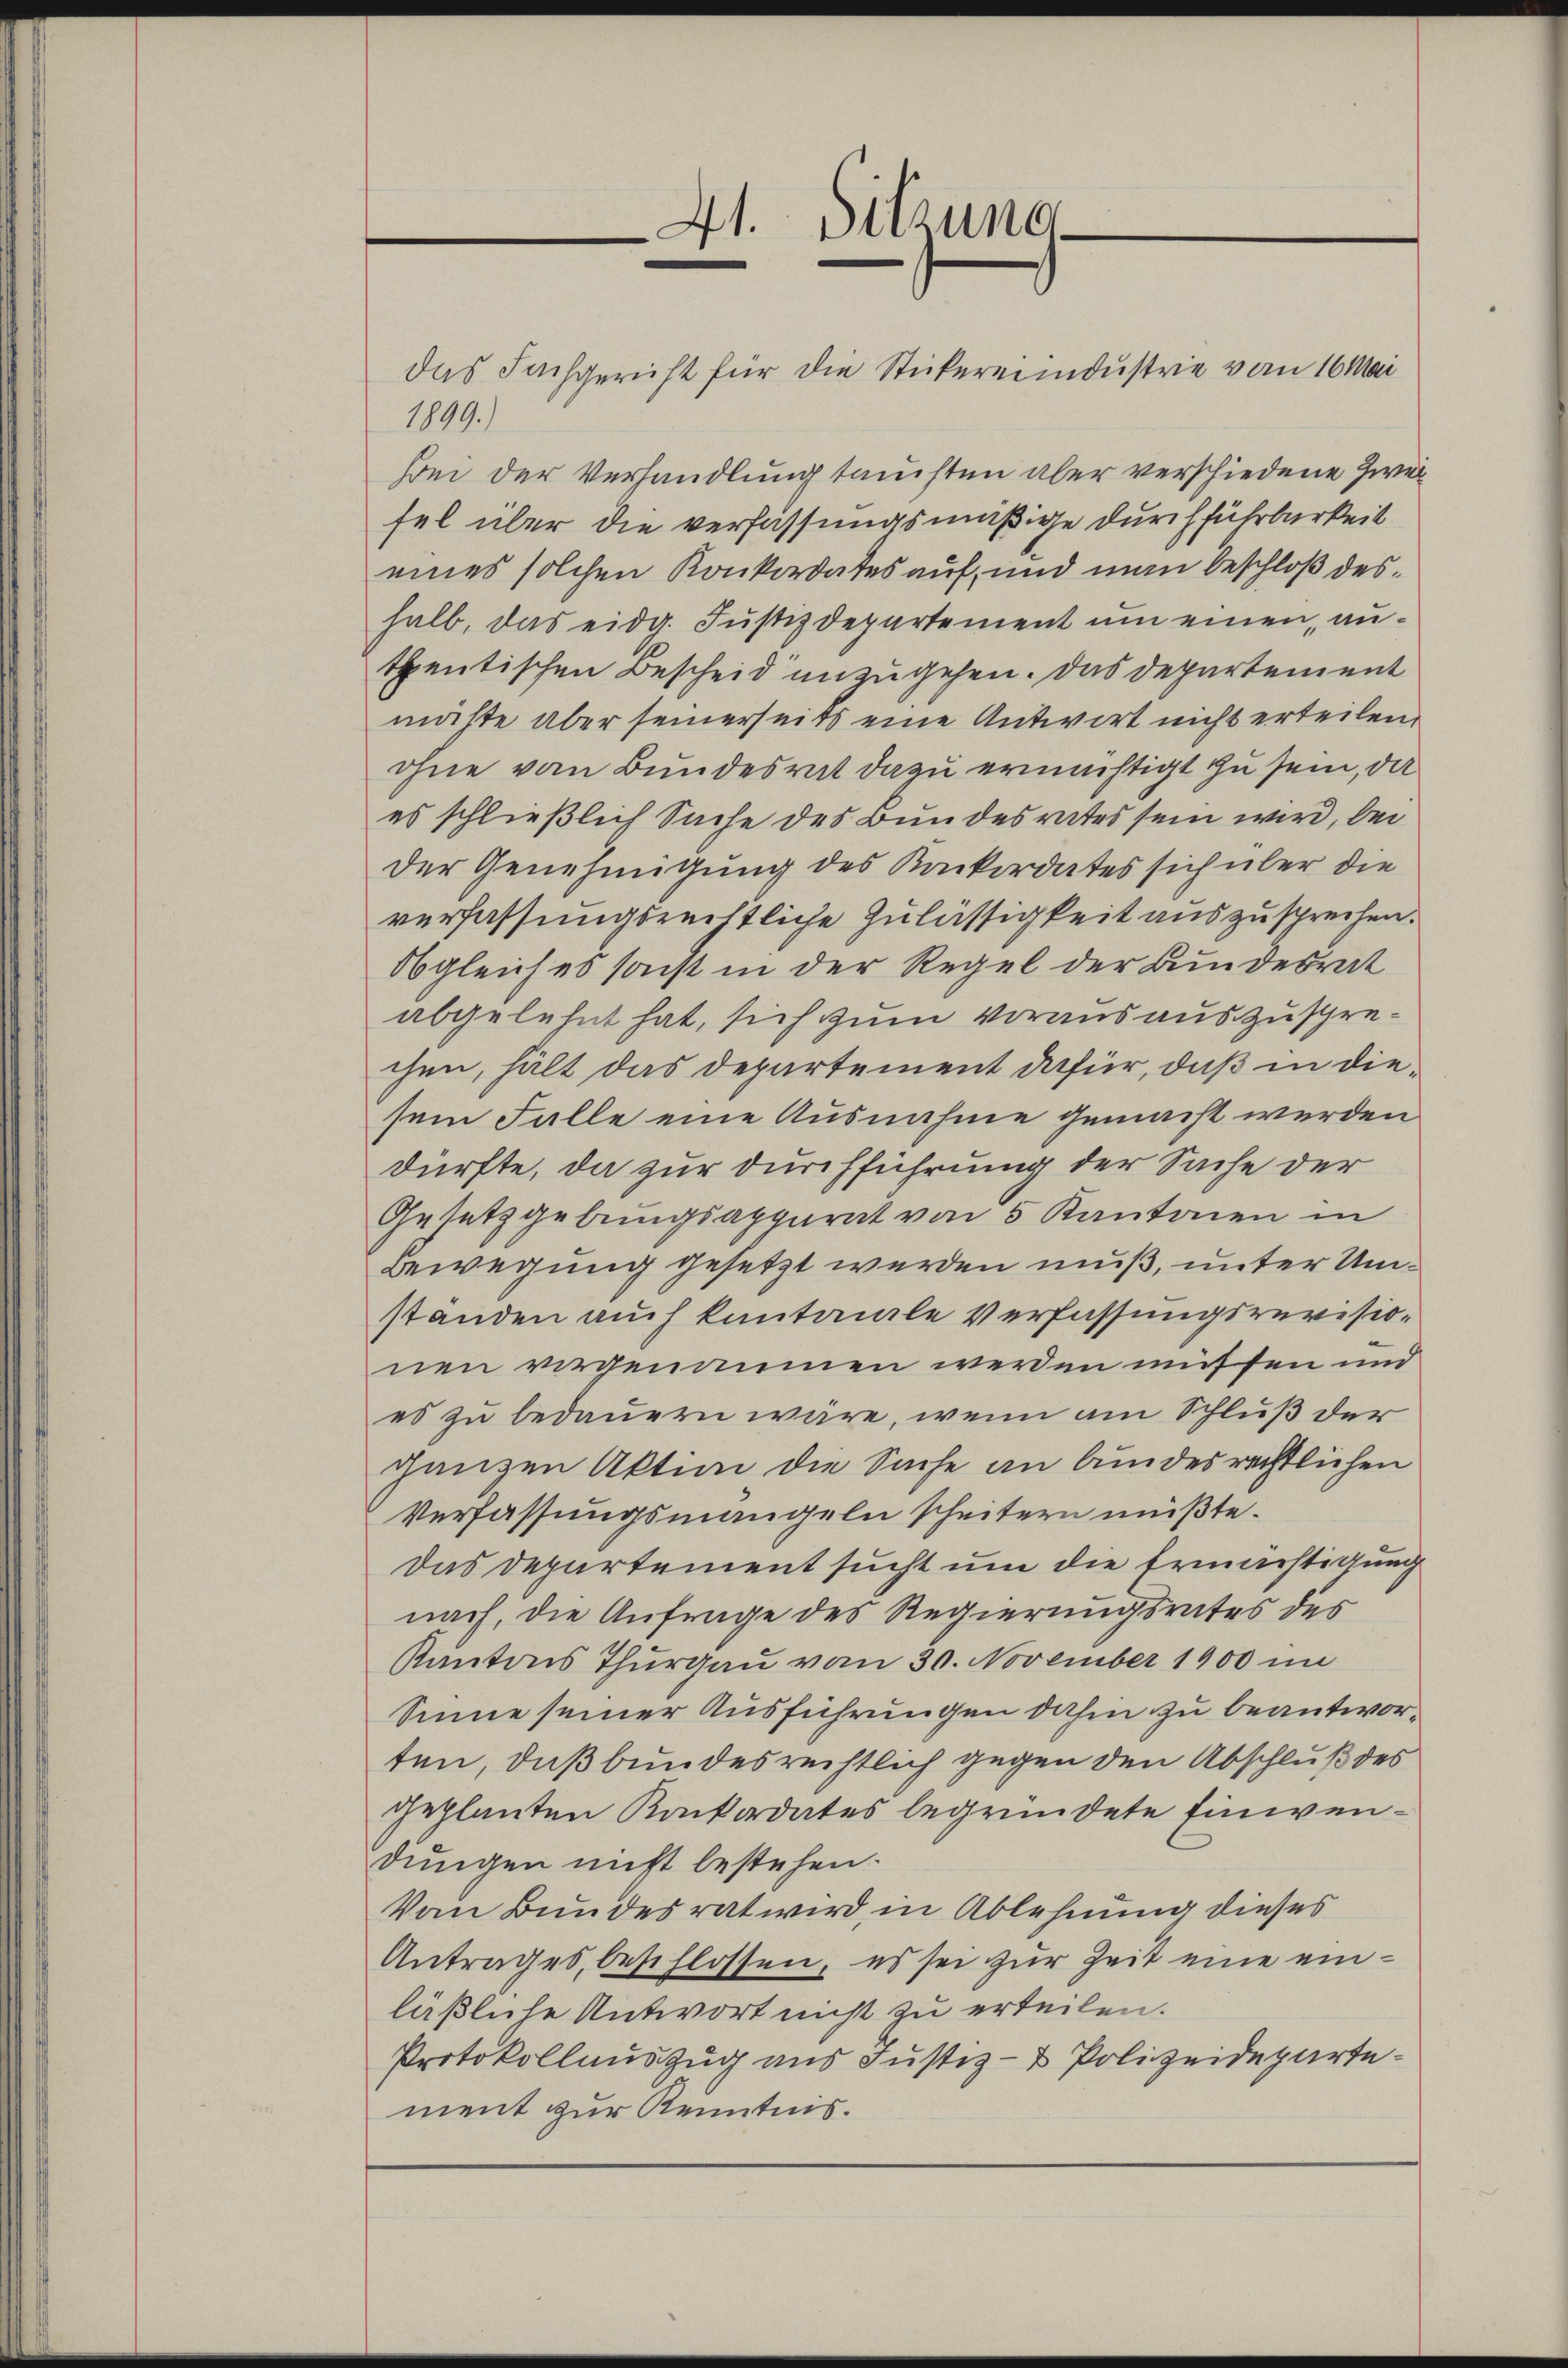
41. Sitzung
e

1899.
Bei der Verhandlung tauchten aber verschiedene Zweifel über die verfassungsmäßige durchführbarkeit
eines solchen Konkordates auf, und man beschloß deshalb, das eidg. Justizdepartement um einen autpentischen Bescheid unzugehen. Das Departement
mäße aber seinerseits eine Antwort nicht erteilen.
ohne von Bundesrat dazu ermächtigt zu sein, da
es schließlich Sache des Bundesrates sein wird, bei
der Genehmigung des Konkordates sich über die
verfassungsrechtliche Zulässigkeit auszusprechen.
Obgleich es sonst in der Regel der Bundesrat
abgelehnt hat, sich zum voraus auszusprechen, hält das Departement dafür, daß in diesem Falle eine Ausnahme gemacht werden
dürfte, da zur Durchführung der Sache der
Gesetzgebungsapparat von 5 Kantonen in
Bewegung gesetzt werden muß, unter Umstanden auch kantonale Verfassungsrevisionen vorgenommen werden müssen und
es zu bedauern wäre, wenn am Schluß der
ganzen Aktim die Sache an bundesrechtlichen
Verfassungsmangeln scheitern müßte.
Das Departement sucht um die Ermächtigung
nach, die Anfrage des Regierungsrates des
Kantons Thurgau vom 30. November 1900 im
Sinne seiner Ausführungen dahin zu beantworten, daß bundes rechtlich gegen den Abschluß des
geplanten Konkordates begründete Einwendungen nicht bestehen.
Vom Bundesrat wird, in Ablehnung dieses
Antrages, beschlossen, es sei zur Zeit eine einläßliche Antwort nicht zu erteilen.
Protokollauszug aus Justiz- & Polizeidepartement zur Kenntnis.

das Fachgericht für die Stickereiindustrie vom 16 Mai